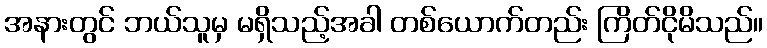
အနားတွင် ဘယ်သူမှ မရှိသည့်အခါ တစ်ယောက်တည်း ကြိတ်ငိုမိသည်။